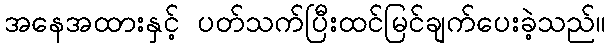
အနေအထားနှင့် ပတ်သက်ပြီးထင်မြင်ချက်ပေးခဲ့သည်။